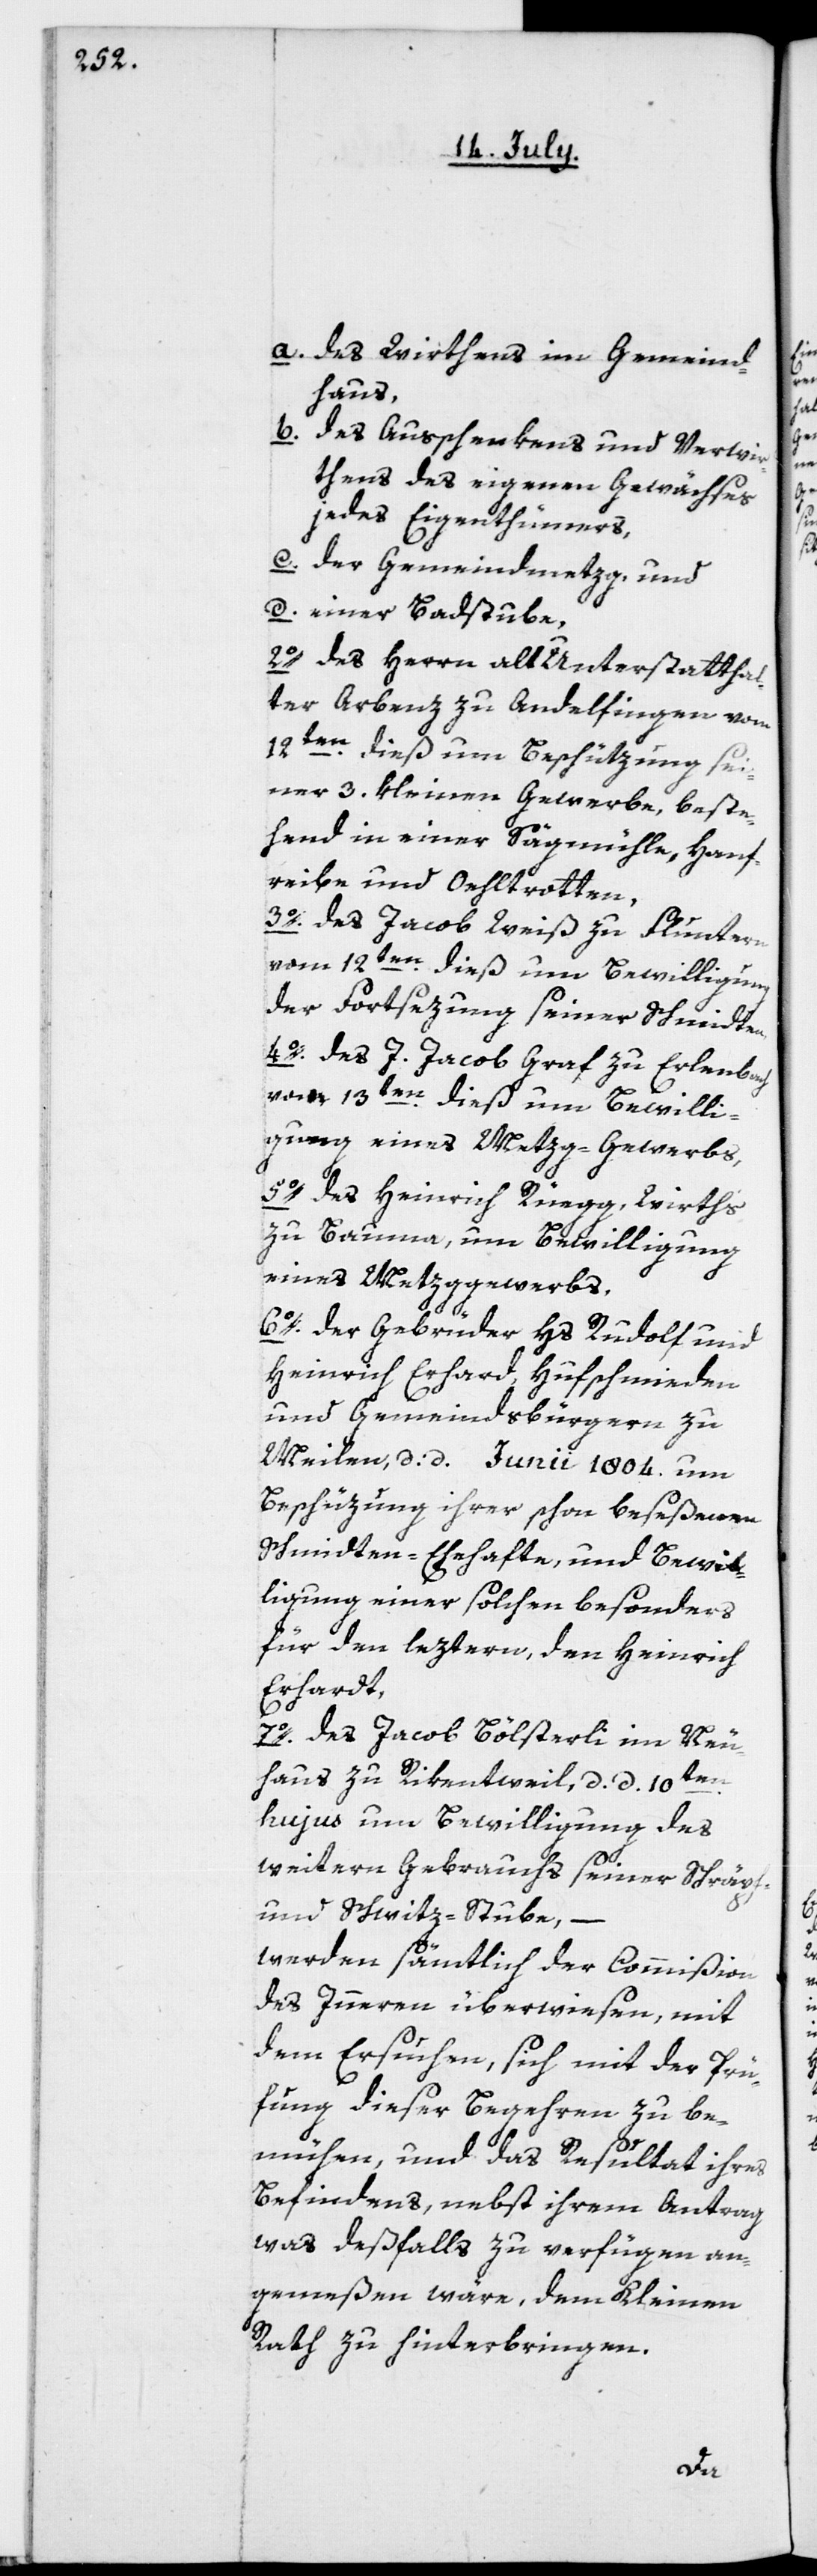
a. des Wirthens im Gemeind¬
haus,
b. des Ausschenkens und Verwir¬
thens des eigenen Gewächses
jedes Eigenthümers,
c. der Gemeindmetzg, und
d. einer Badstube;
2o. des Herrn alt Unterstatthal¬
ter Arbenz zu Andelfingen vom
12ten dieß, um Beschützung sei¬
ner 3. kleinen Gewerbe, beste¬
hend in einer Sägemühle, Hanf¬
reibe und Oehltrotten;
3o. des Jacob Weiß zu Fluntern
vom 12ten dieß um Bewilligung
der Fortsezung seiner Schmidten;
4o. des J. Jacob Graf zu Erlenbach
vom 13ten dieß, um Bewilli¬
gung eines Metzg-Gewerbs,
5o. des Heinrich Rüegg, Wirths
zu Bauma, um Bewilligung
eines Metzggewerbs,
6o. der Gebrüder Hs. Rudolf und
Heinrich Erhard, Hufschmieden
und Gemeindsbürgern zu
Meilen, d: d. Junii 1804. um
Beschüzung ihrer schon beseßenen
Schmidten-Ehehafte, und Bewil¬
ligung einer solchen besonders
für den leztern, den Heinrich
Erhardt,
7o. des Jacob Bölsterli im Neu¬
haus zu Rickentweil, d. d. 10ten
hujus um Bewilligung des
weitern Gebrauchs seiner Schröpf-
und Schwitz-Stube, –
werden sämtlich der Commißion
des Innern überwiesen, mit
dem Ersuchen, sich mit der Prü¬
fung dieser Begehren zu be¬
mühen, und das Resultat ihres
Befindens, nebst ihrem Antrag,
was deßfalls zu verfügen an¬
gemeßen wäre, dem Kleinen
Rath zu hinterbringen.